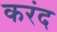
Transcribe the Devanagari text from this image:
करंद